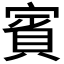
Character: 賓